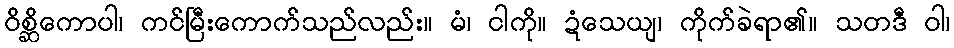
ဝိစ္ဆိကောပါ၊ ကင်မြီးကောက်သည်လည်း။ မံ၊ ငါကို။ ဍံသေယျ၊ ကိုက်ခဲရာ၏။ သတဒီ ဝါ၊